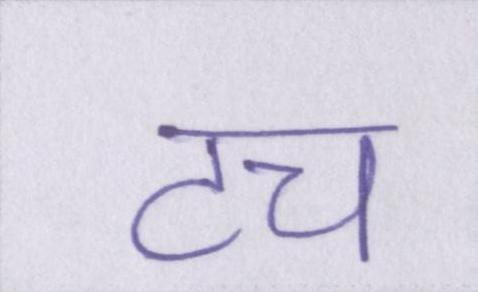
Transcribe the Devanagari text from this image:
टच